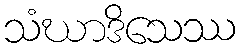
သံဃာဒိသေဿ